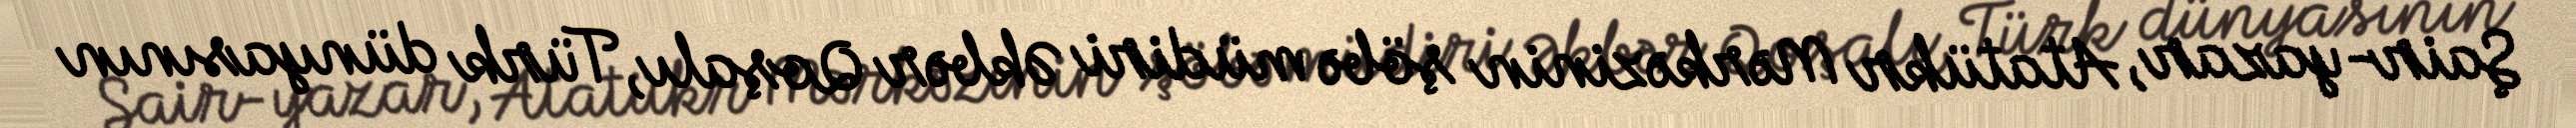
Şair-yazar, Atatükr Mərkəzinin şöbə müdiri Əkbər Qoşalı, Türk dünyasının